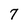
Character: 7